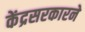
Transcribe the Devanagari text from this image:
केंद्रसरकारने